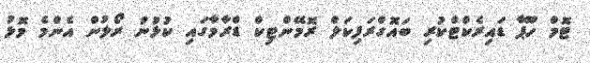
ޓޮމް ހޫޕާ ޑައިރެކްޓްކުރި ބައޮގްރަފިކަލް ރޮމޭންޓިކް ޑްރާމާގައި ކުޅުނު ރޯލުން އެންމެ މޮޅު